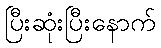
ပြီးဆုံးပြီးနောက်